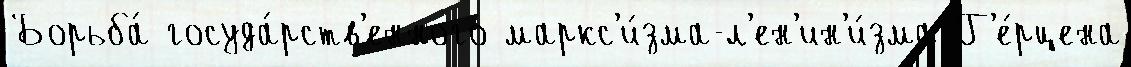
Борьба́ госуда́рств'енного маркс'и́зма-л'ен'ин'и́зма Г'е́рцена